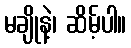
မချိုနဲ့၊ ဆိမ့်ပါ။